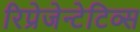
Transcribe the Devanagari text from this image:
रिप्रेजेन्टेटिव्स